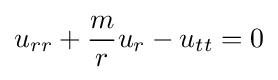
u_{rr}+{\frac {m}{r}}u_{r}-u_{tt}=0